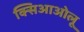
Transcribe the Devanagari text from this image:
क्सिआओलू